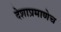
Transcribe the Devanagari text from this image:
देशाप्रमाणेच